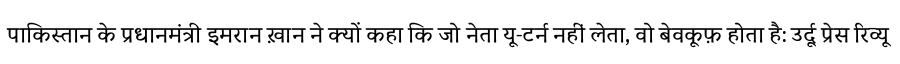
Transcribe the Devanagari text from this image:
पाकिस्तान के प्रधानमंत्री इमरान ख़ान ने क्यों कहा कि जो नेता यू-टर्न नहीं लेता, वो बेवकूफ़ होता है: उर्दू प्रेस रिव्यू